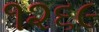
૧૨૬૯